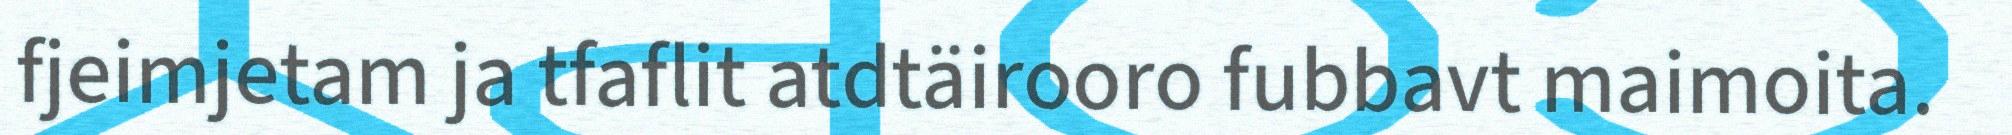
fjeimjetam ja tfaflit atdtäirooro fubbavt maimoita.